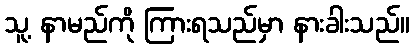
သူ့ နာမည်ကို ကြားရသည်မှာ နားခါးသည်။